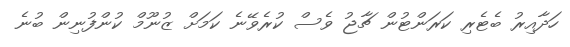
ހަދާއިރު ބެޓެރި ކަރަންޓުން ޗާޖު ވެސް ކުރެވޭނެ ކަމަށް ޒުނޫމް ކުންފުނިން ބުނެ